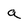
Character: a